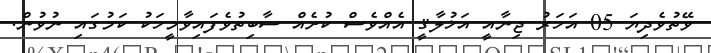
ވޭތުވެދިޔަ 05 އަހަރު ޖިނާއީ އަޚުލާޤީ އެއްވެސް ކުށެއް ސާބިތުވެފައިވާމީހަކު ކަމުގައި ނުވުން.